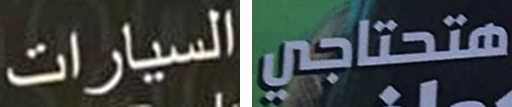
السيارات هتحتاجي